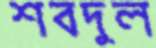
শবদুল